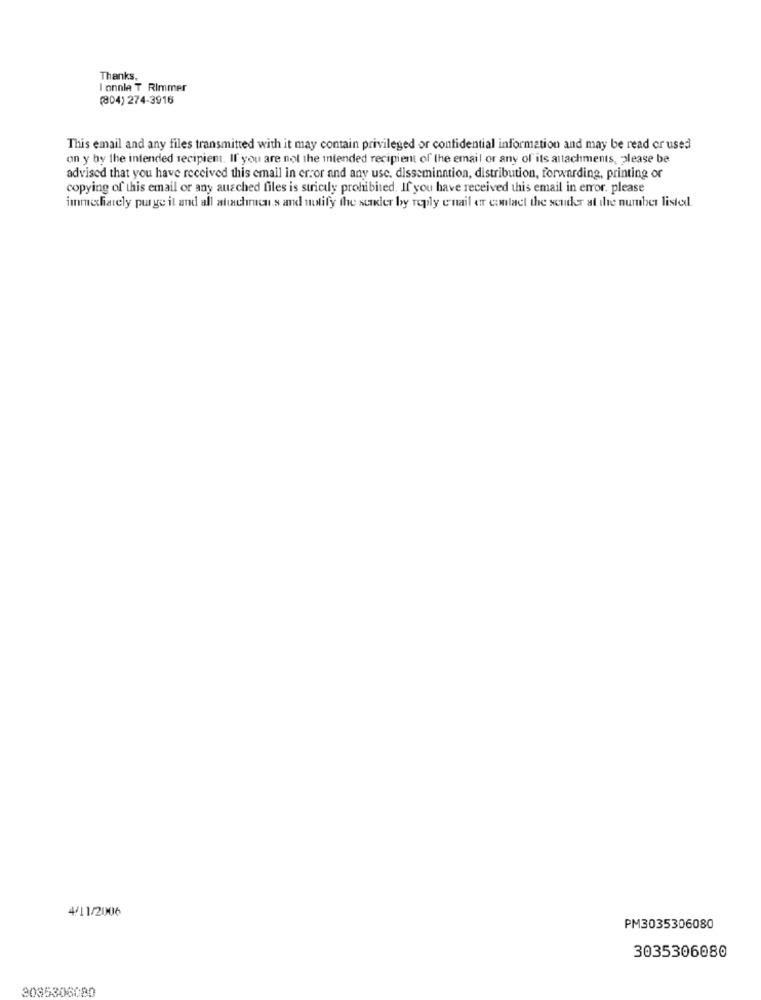
Thanks.
I onnie T Rimmer
(804) 274-3916
This email and any files transmitted with it may contain privileged or confidential information and may be read or used
on y by the intended recipient. If you are not the intended recipient of the email or any of its attachments, please be
advised that you have received this email in error and any use, dissemination, distribution, forwarding, printing or
copying of this email or any ausched files is strictly prohibited. If you have received this email in error, please
immichately purge it and all attachments and notify the sender by reply e-mail er contact the sender at the number listed.
4/11/2006
PM3035306080
3035306080
3085306080